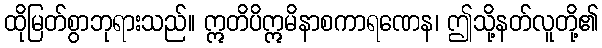
ထိုမြတ်စွာဘုရားသည်။ ဣတိပိဣမိနာစကာရဏေန၊ ဤသို့နတ်လူတို့၏